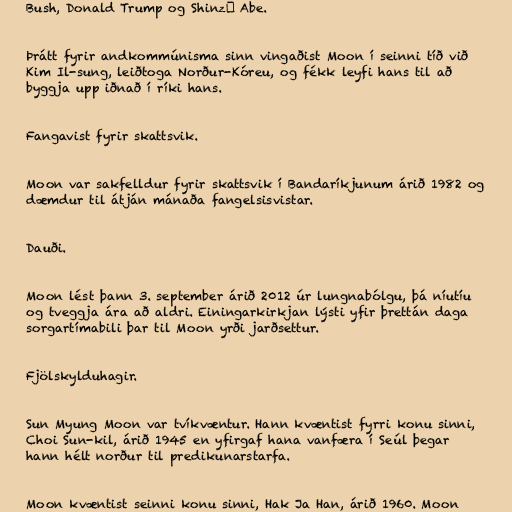
Bush, Donald Trump og Shinzō Abe.

Þrátt fyrir andkommúnisma sinn vingaðist Moon í seinni tíð við
Kim Il-sung, leiðtoga Norður-Kóreu, og fékk leyfi hans til að
byggja upp iðnað í ríki hans.

Fangavist fyrir skattsvik.

Moon var sakfelldur fyrir skattsvik í Bandaríkjunum árið 1982 og
dæmdur til átján mánaða fangelsisvistar.

Dauði.

Moon lést þann 3. september árið 2012 úr lungnabólgu, þá níutíu
og tveggja ára að aldri. Einingarkirkjan lýsti yfir þrettán daga
sorgartímabili þar til Moon yrði jarðsettur.

Fjölskylduhagir.

Sun Myung Moon var tvíkvæntur. Hann kvæntist fyrri konu sinni,
Choi Sun-kil, árið 1945 en yfirgaf hana vanfæra í Seúl þegar
hann hélt norður til predikunarstarfa.

Moon kvæntist seinni konu sinni, Hak Ja Han, árið 1960. Moon